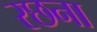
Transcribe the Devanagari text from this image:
रछना